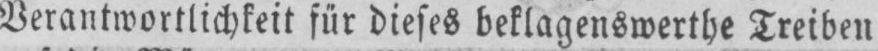
Verantwortlichkeit für dieses beklagenswerthe Treiben